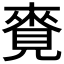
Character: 𧡛